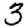
Digit: 3